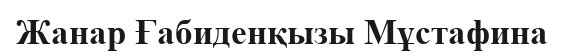
Жанар Ғабиденқызы Мұстафина